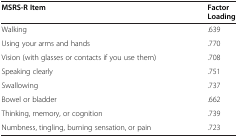
| MSRS-R Item | Factor Loading |
 | --- | --- |
 | Walking | .639 |
 | Using your arms and hands | .770 |
 | Vision (with glasses or contacts if you use them) | .708 |
 | Speaking clearly | .751 |
 | Swallowing | .737 |
 | Bowel or bladder | .662 |
 | Thinking, memory, or cognition | .739 |
 | Numbness, tingling, burning sensation, or pain | .723 |